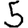
Digit: 5